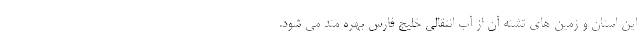
این استان و زمین های تشنه آن از آب انتقالی خلیج فارس بهره مند می شود.